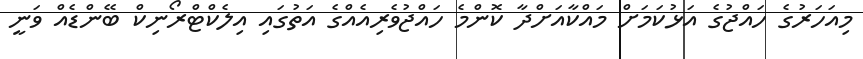
މިއަހަރުގެ ހައްޖުގެ އަޅުކަމަށް މައްކާއަށްދާ ކޮންމެ ހައްޖުވެރިއެއްގެ އަތުގައި އިލެކްޓްރޯނިކް ބޭންޑެއް ވަނީ